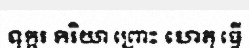
ទុក្ករ កិរិយា ព្រោះ ហេតុ ធ្វើ